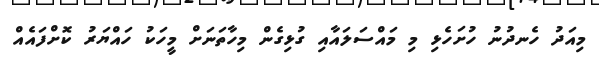
މިއަދު ހެނދުނު ހުށަހެޅި މި މައްސަލައާއި ގުޅިގެން މިހާތަނަށް މީހަކު ހައްޔަރު ކޮށްފައެއް